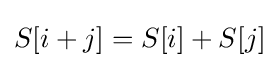
S[i+j]=S[i]+S[j]